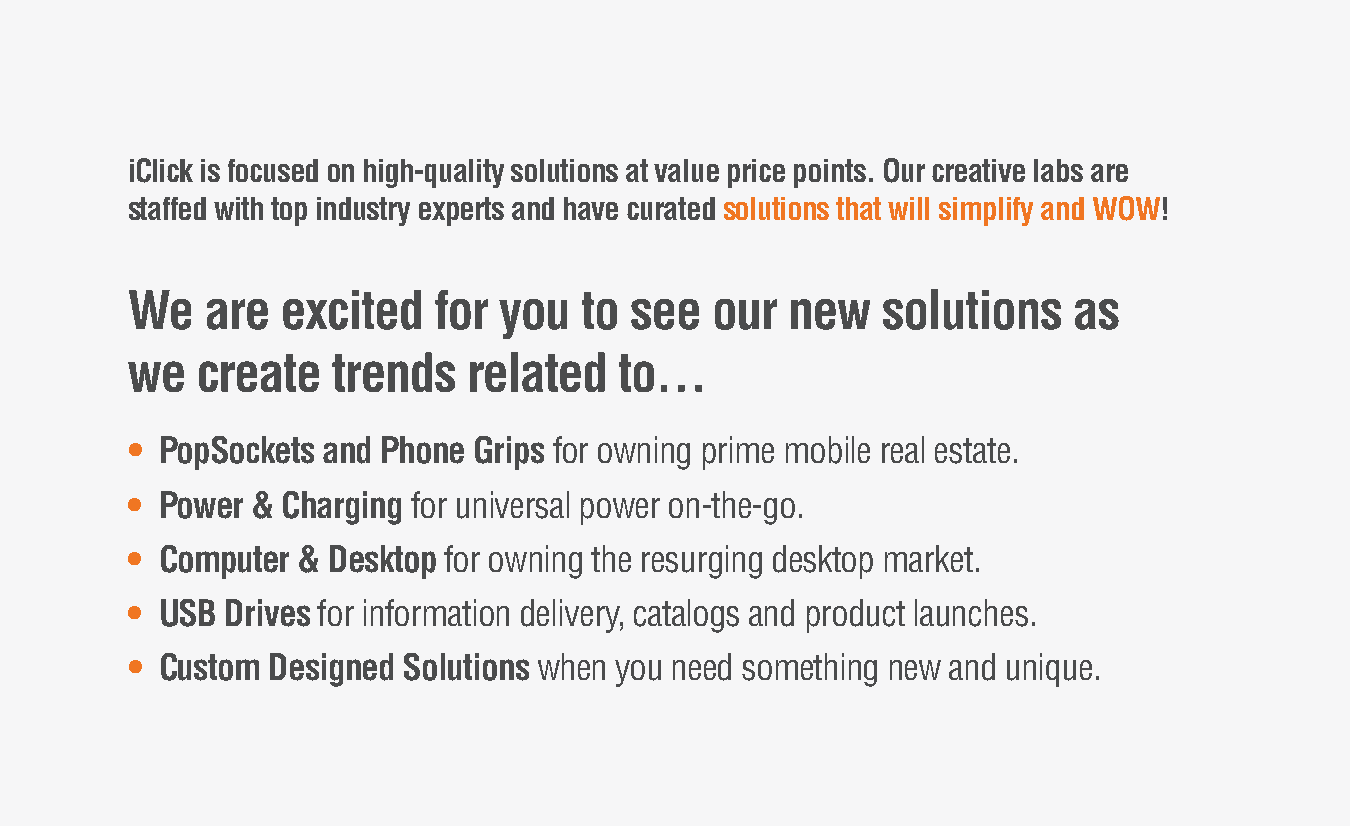
iClick is focused on high-quality solutions at value price points. Our creative labs are
 staffed with top industry experts and have curated solutions that will simplify and WOW!
 We    are  excited   for you  to  see  our  new   solutions    as
 we   create   trends   related   to…
 •  PopSockets and Phone Grips for owning prime mobile real estate.
 •  Power & Charging for universal power on-the-go.
 •  Computer & Desktop for owning the resurging desktop market.
 •  USB Drives for information delivery, catalogs and product launches.
 •  Custom Designed Solutions when you need something new and unique.